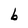
Character: b